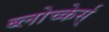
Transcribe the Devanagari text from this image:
ब्लोच्केर्स्